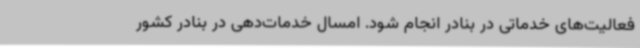
فعالیت‌های خدماتی در بنادر انجام شود. امسال خدمات‌دهی در بنادر کشور